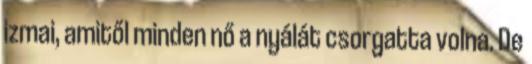
izmai, amitől minden nő a nyálát csorgatta volna. De